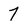
Character: 7